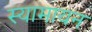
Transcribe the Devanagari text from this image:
स्यामायन